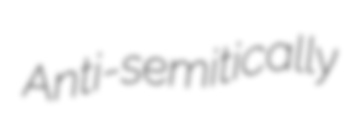
Anti-semitically